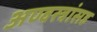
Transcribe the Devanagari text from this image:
अण्वस्त्रांसह